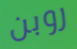
روبن